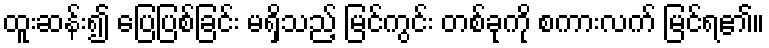
ထူးဆန်း၍ ပြေပြစ်ခြင်း မရှိသည့် မြင်ကွင်း တစ်ခုကို စကားလက် မြင်ရ၏။